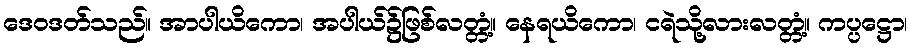
ဒေဝဒတ်သည်။ အာပါယိကော၊ အပါယ်၌ဖြစ်လတ္တံ့။ နေရယိကော၊ ငရဲသို့လားလတ္တံ့။ ကပ္ပဋ္ဌော၊